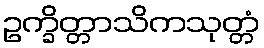
ဥက္ခိတ္တာသိကသုတ္တံ